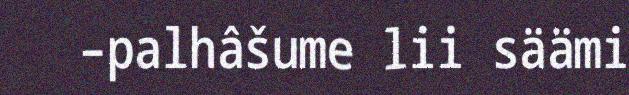
–palhâšume lii säämi